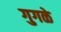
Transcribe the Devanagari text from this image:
गुगळे